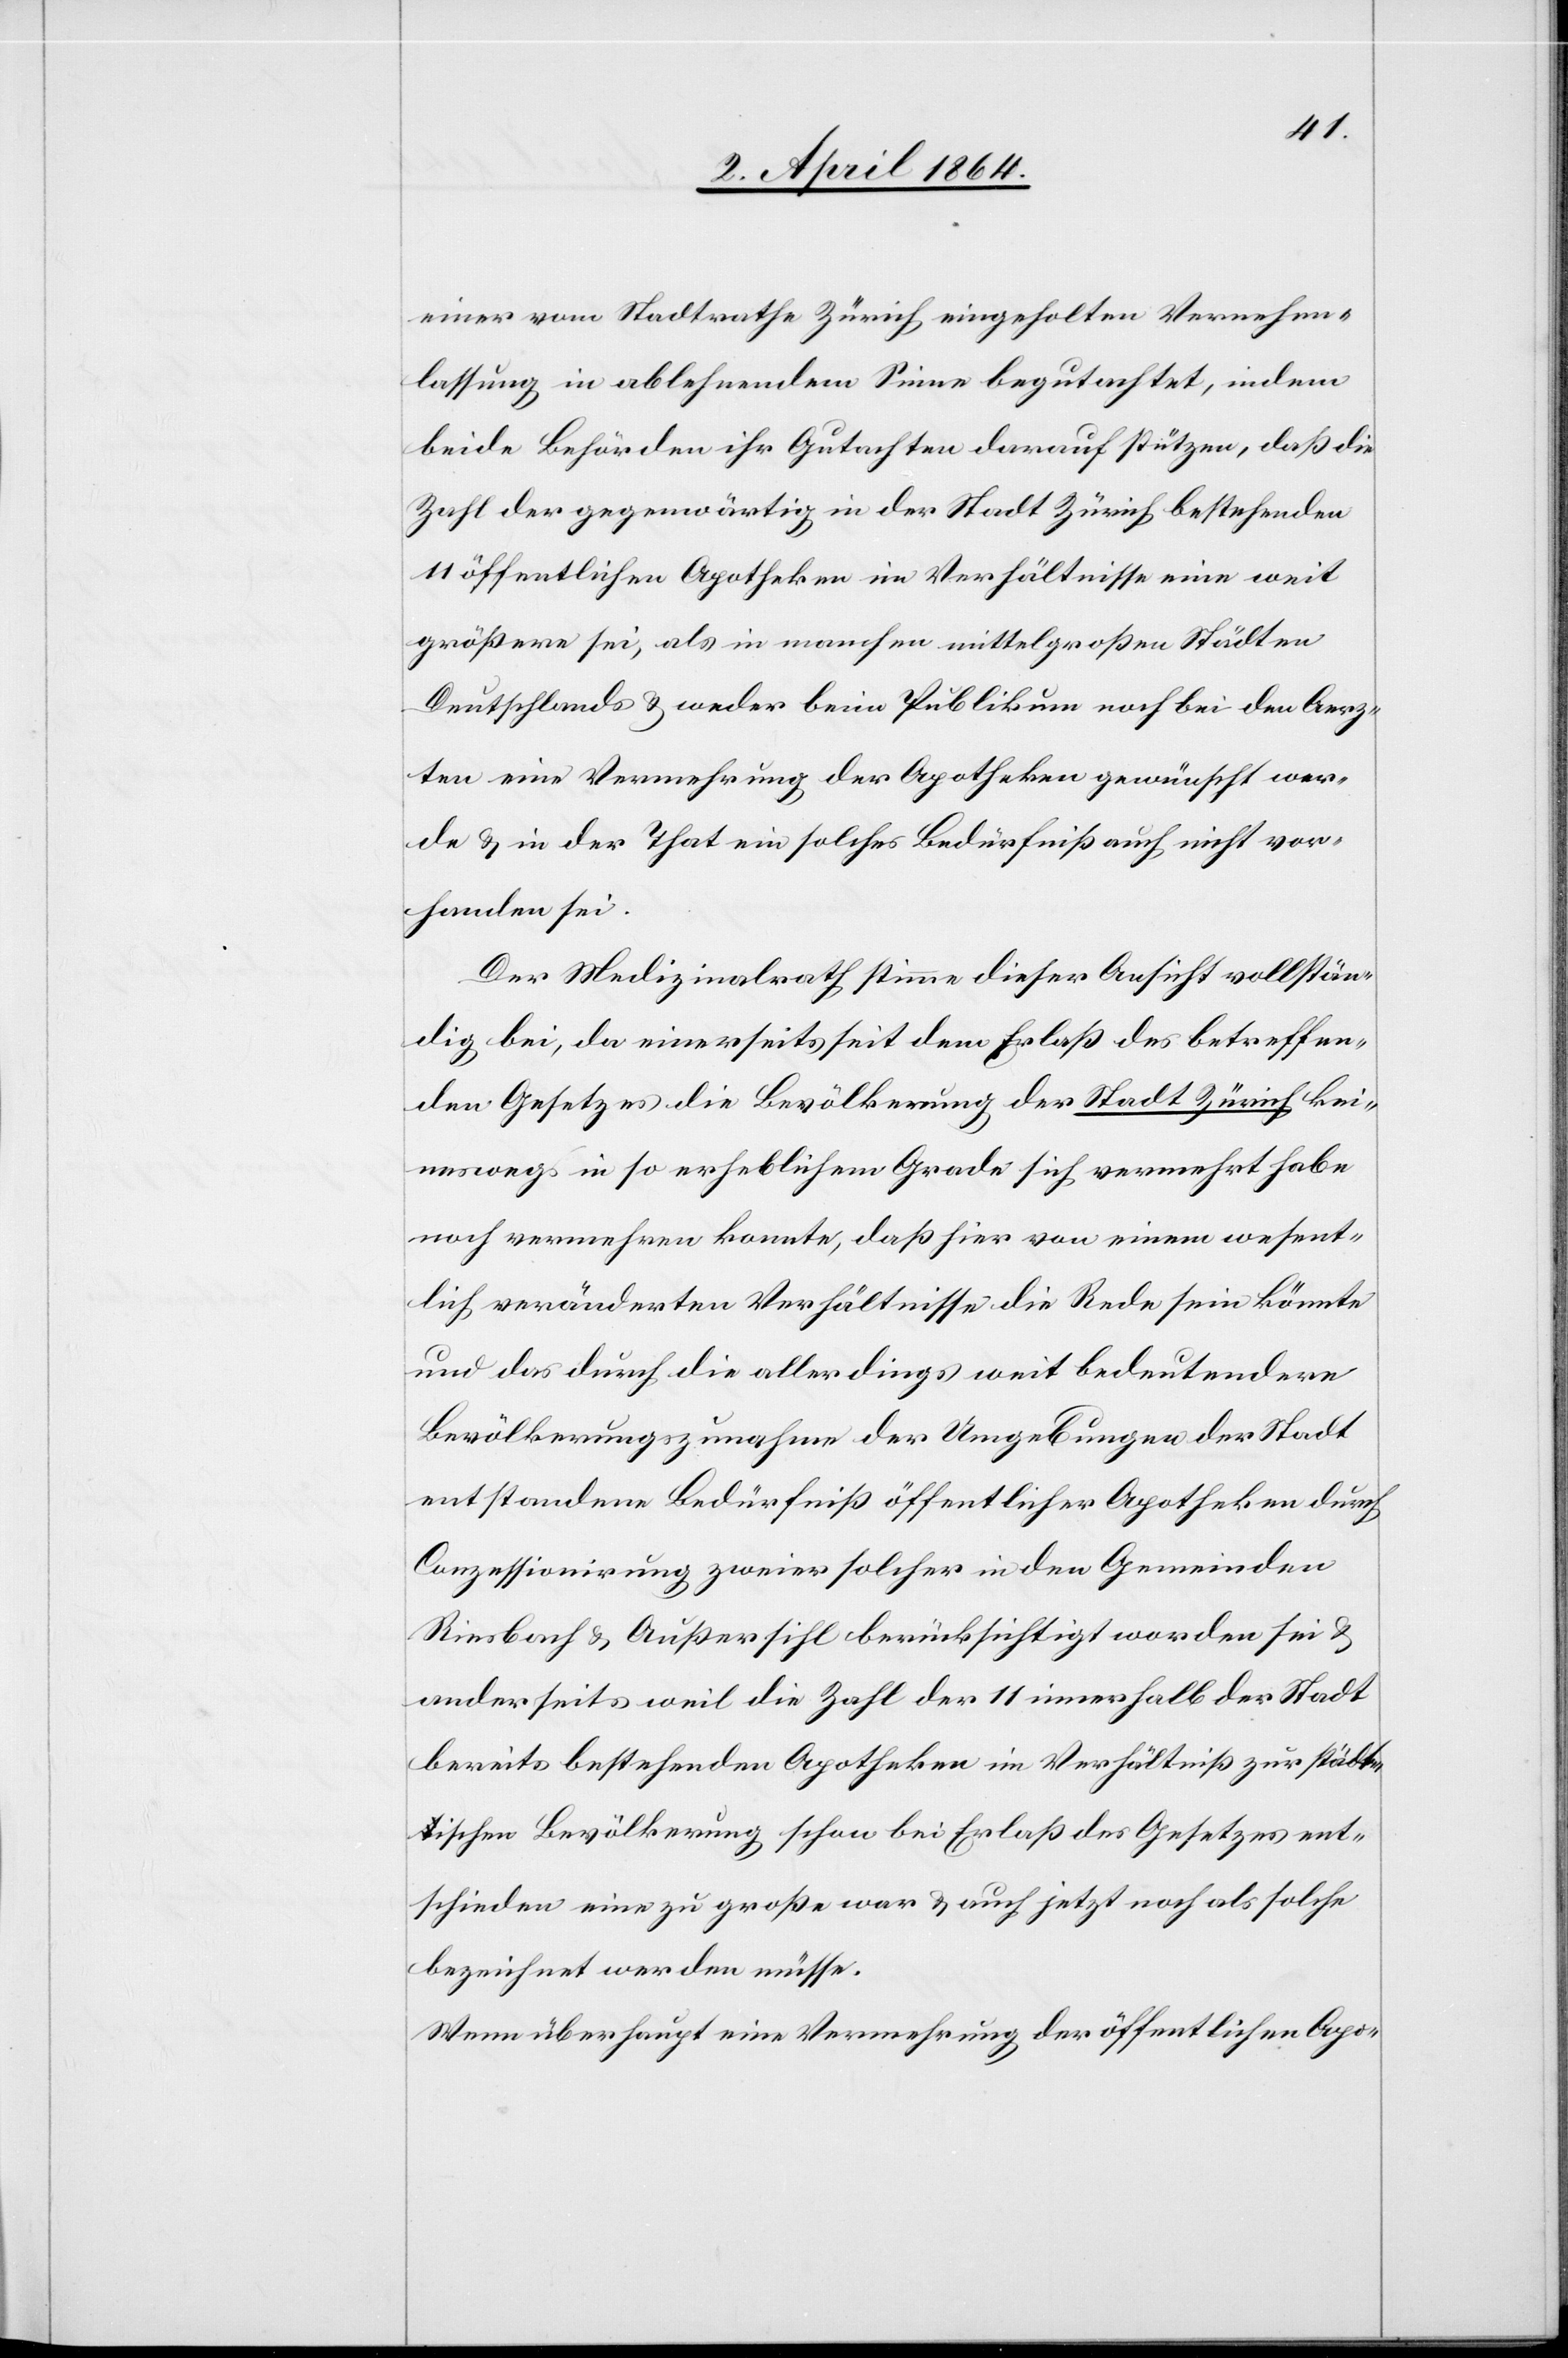
einer vom Stadtrathe Zürich eingeholten Vernehm¬
lassung in ablehnendem Sinne begutachtet, indem
beide Behörden ihr Gutachten darauf stützen, daß die
Zahl der gegenwärtig in der Stadt Zürich bestehenden
11 öffentlichen Apotheken im Verhältnisse eine weit
größere sei, als in manchen mittelgroßen Städten
Deutschlands u. weder beim Publikum noch bei den Aerz¬
ten eine Vermehrung der Apotheken gewünscht wer¬
de u. in der That ein solches Bedürfniß auch nicht vor¬
handen sei.
Der Medizinalrath stimme dieser Ansicht vollstän¬
dig bei, da einerseits seit dem Erlaß des betreffen¬
den Gesetzes die Bevölkerung der Stadt Zürich kei¬
neswegs in so erheblichem Grade sich vermehrt habe
noch vermehren konnte, daß hier von einem wesent¬
lich veränderten Verhältnisse die Rede sein könnte
und das durch die allerdings weit bedeutendere
Bevölkerungszunahme der Umgebungen der Stadt
entstandene Bedürfniß öffentlicher Apotheken durch
Conzessionirung zweier solcher in den Gemeinden
Riesbach u. Außersihl berücksichtigt worden sei u.
anderseits weil die Zahl der 11 innerhalb der Stadt
bereits bestehenden Apotheken im Verhältniß zur städt¬
ischen Bevölkerung schon bei Erlaß des Gesetzes ent¬
schieden eine zu große war u. auch jetzt noch als solche
bezeichnet werden müsse.
Wenn überhaupt eine Vermehrung der öffentlichen Apo-